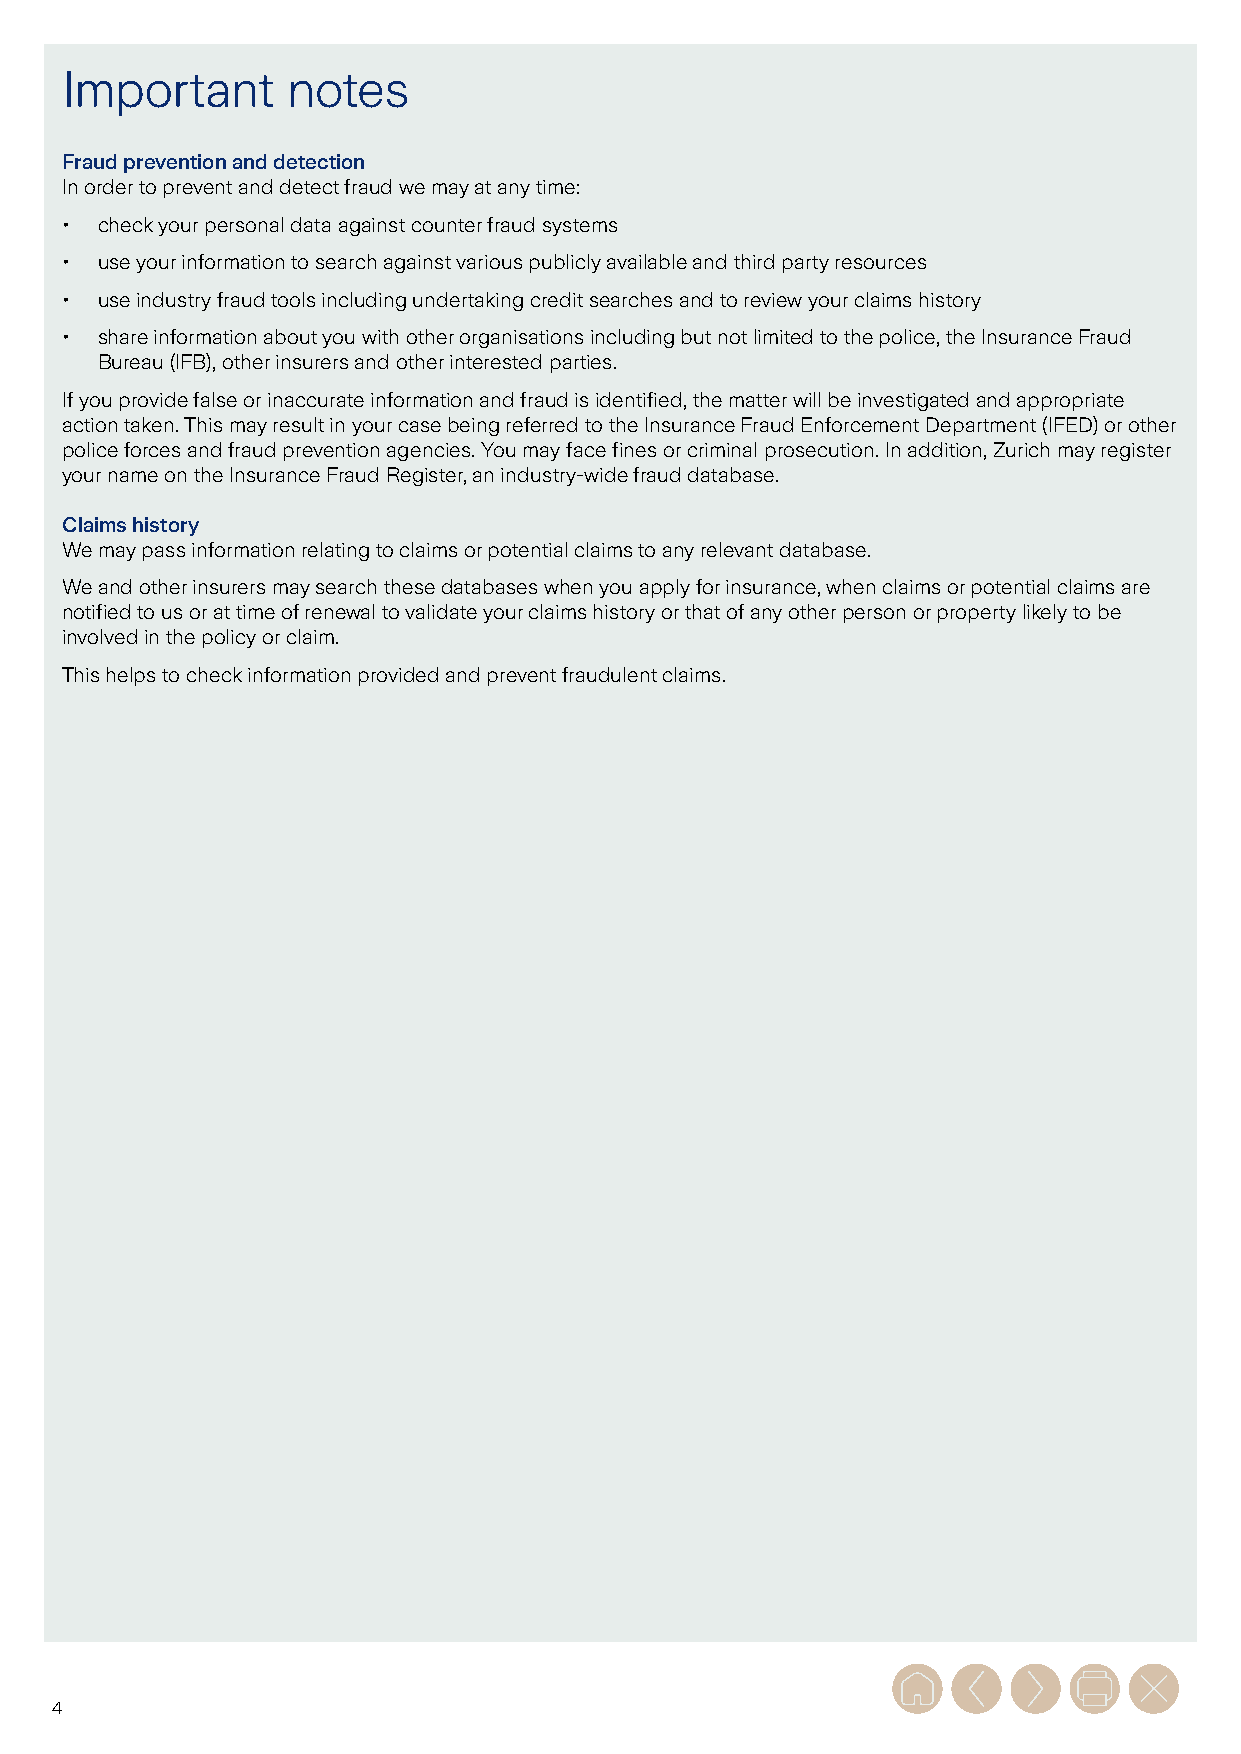
Important      notes
 Fraud prevention and detection
 In order to prevent and detect fraud we may at any time:
 • check your personal data against counter fraud systems
 • use your information to search against various publicly available and third party resources
 • use industry fraud tools including undertaking credit searches and to review your claims history
 • share information about you with other organisations including but not limited to the police, the Insurance Fraud
 Bureau (IFB), other insurers and other interested parties.
 If you provide false or inaccurate information and fraud is identified, the matter will be investigated and appropriate
 action taken. This may result in your case being referred to the Insurance Fraud Enforcement Department (IFED) or other
 police forces and fraud prevention agencies. You may face fines or criminal prosecution. In addition, Zurich may register
 your name on the Insurance Fraud Register, an industry-wide fraud database.
 Claims history
 We may pass information relating to claims or potential claims to any relevant database.
 We and other insurers may search these databases when you apply for insurance, when claims or potential claims are
 notified to us or at time of renewal to validate your claims history or that of any other person or property likely to be
 involved in the policy or claim.
 This helps to check information provided and prevent fraudulent claims.
 4